Civil Veterinary Department Bengal reports 1933-51 - 1933-1951
Year: 1933
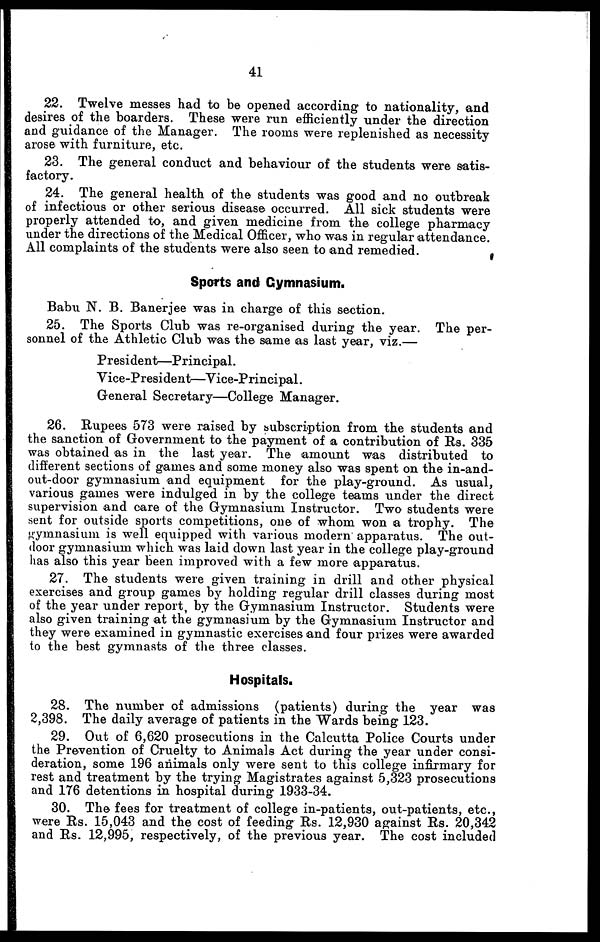
41
22. Twelve messes had to be opened according to nationality, and
desires of the boarders. These were run efficiently under the direction
and guidance of the Manager. The rooms were replenished as necessity
arose with furniture, etc.
23. The general conduct and behaviour of the students were satis-
factory.
24. The general health of the students was good and no outbreak
of infectious or other serious disease occurred. All sick students were
properly attended to, and given medicine from the college pharmacy
under the directions of the Medical Officer, who was in regular attendance.
All complaints of the students were also seen to and remedied.
Sports and Gymnasium.
Babu N. B. Banerjee was in charge of this section.
25. The Sports Club was re-organised during the year. The per-
sonnel of the Athletic Club was the same as last year, viz.—
President—Principal.
Vice-President—Vice-Principal.
General Secretary—College Manager.
26. Rupees 573 were raised by subscription from the students and
the sanction of Government to the payment of a contribution of Rs. 335
was obtained as in the last year. The amount was distributed to
different sections of games and some money also was spent on the in-and-
out-door gymnasium and equipment for the play-ground. As usual,
various games were indulged in by the college teams under the direct
supervision and care of the Gymnasium Instructor. Two students were
sent for outside sports competitions, one of whom won a trophy. The
gymnasium is well equipped with various modern apparatus. The out-
door gymnasium which was laid down last year in the college play-ground
has also this year been improved with a few more apparatus.
27. The students were given training in drill and other physical
exercises and group games by holding regular drill classes during most
of the year under report, by the Gymnasium Instructor. Students were
also given training at the gymnasium by the Gymnasium Instructor and
they were examined in gymnastic exercises and four prizes were awarded
to the best gymnasts of the three classes.
Hospitals.
28. The number of admissions (patients) during the year was
2,398. The daily average of patients in the Wards being 123.
29. Out of 6,620 prosecutions in the Calcutta Police Courts under
the Prevention of Cruelty to Animals Act during the year under consi-
deration, some 196 animals only were sent to this college infirmary for
rest and treatment by the trying Magistrates against 5,323 prosecutions
and 176 detentions in hospital during 1933-34.
30. The fees for treatment of college in-patients, out-patients, etc.,
were Rs. 15,043 and the cost of feeding Rs. 12,930 against Rs. 20,342
and Rs. 12,995, respectively, of the previous year. The cost included